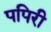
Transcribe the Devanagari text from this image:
पपिरी